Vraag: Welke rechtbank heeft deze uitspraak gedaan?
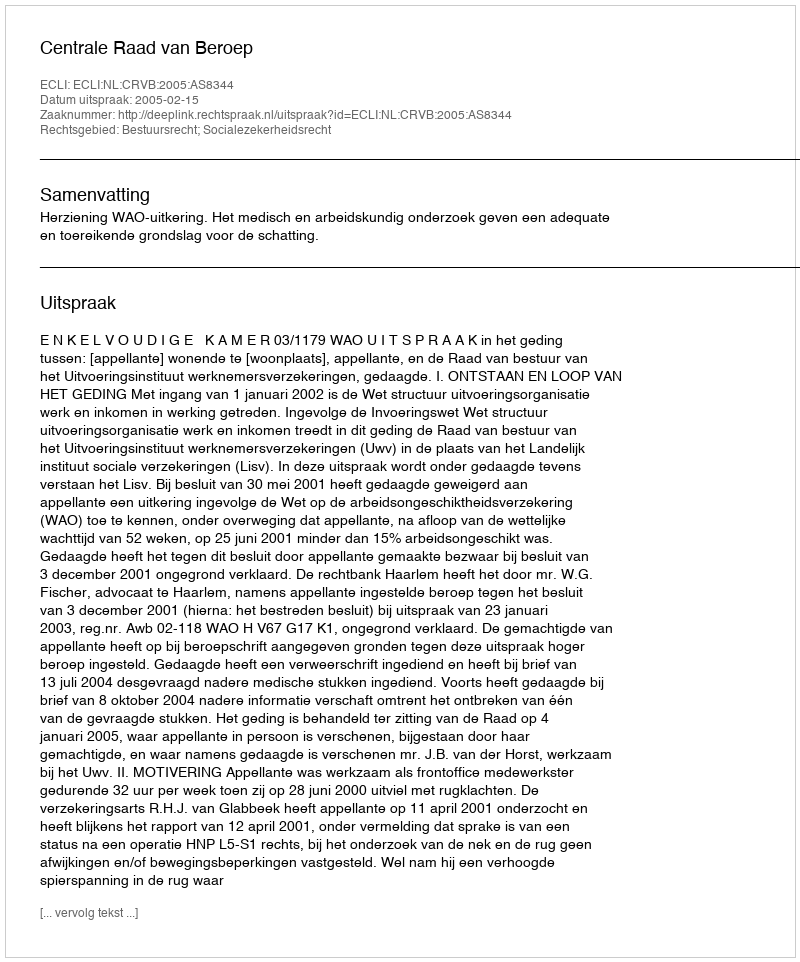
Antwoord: Centrale Raad van Beroep